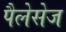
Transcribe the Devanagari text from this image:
पैलेसेज